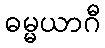
ဓမ္မယာဂီ